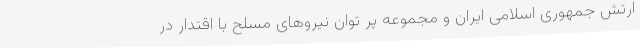
ارتش جمهوری اسلامی ایران و مجموعه پر توان نیروهای مسلح با اقتدار در